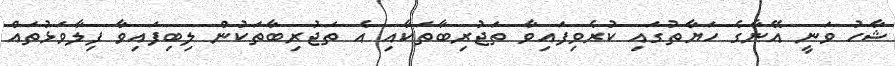
ޝާހު ވަނީ އޭނާގެ ހަޔާތުގައި ކުރެވިފައިވާ ތަޖުރިބާތަކާއި އެ ތަޖުރިބާތަކުން ލިބިފައިވާ ފިލާވަޅުތައް